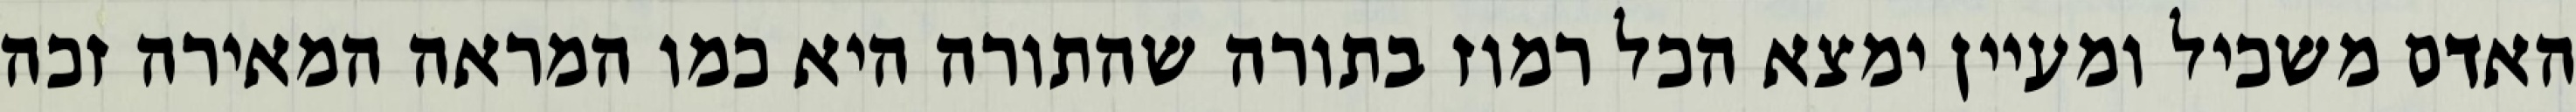
האדם משכיל ומעיין ימצא הכל רמוז בתורה שהתורה היא כמו המראה המאירה זכה